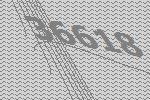
36618